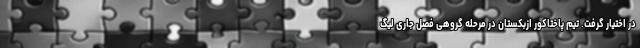
در اختیار گرفت. تیم پاختاکور ازبکستان در مرحله گروهی فصل جاری لیگ